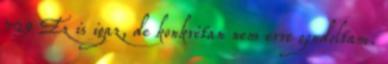
729 Ez is igaz, de konkrétan nem erre gondoltam.